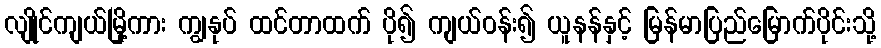
လျိုင်ကျယ်မြို့ကား ကျွနုပ် ထင်တာထက် ပို၍ ကျယ်ဝန်း၍ ယူနန်နှင့် မြန်မာပြည်မြောက်ပိုင်းသို့